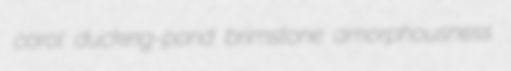
corol ducking-pond brimstone amorphousness